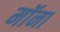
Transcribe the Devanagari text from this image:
मॉना